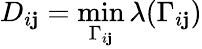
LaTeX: D_{i\mathbf{j}}=\operatorname*{min}_{\Gamma_{i\mathbf{j}}}\lambda(\Gamma_{i\mathbf{j}})